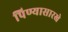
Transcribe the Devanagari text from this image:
पिण्यासारखे